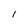
Character: I